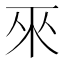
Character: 𱍕